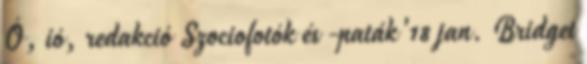
Ó, ió, redakció Szociofotók és -paták '18 jan. Bridget